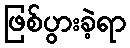
ဖြစ်ပွားခဲ့ရာ